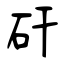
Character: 矸